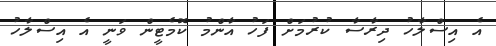
އެ އިސްލާހު ދިރާސާ ކުރުމަށް ފަހު އާންމު ކޮމެޓީން ވަނީ އެ އިސްލާހު